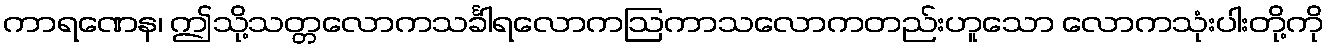
ကာရဏေန၊ ဤသို့သတ္တလောကသင်္ခါရလောကဩကာသလောကတည်းဟူသော လောကသုံးပါးတို့ကို